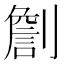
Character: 𠟧